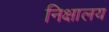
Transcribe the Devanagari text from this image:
निक्षालय